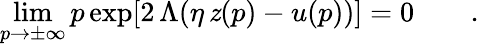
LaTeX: \operatorname*{lim}_{p\to\pm\infty}p\exp[2\, \Lambda(\eta\, \mathit{z}(p)-u(p))]=0\qquad.